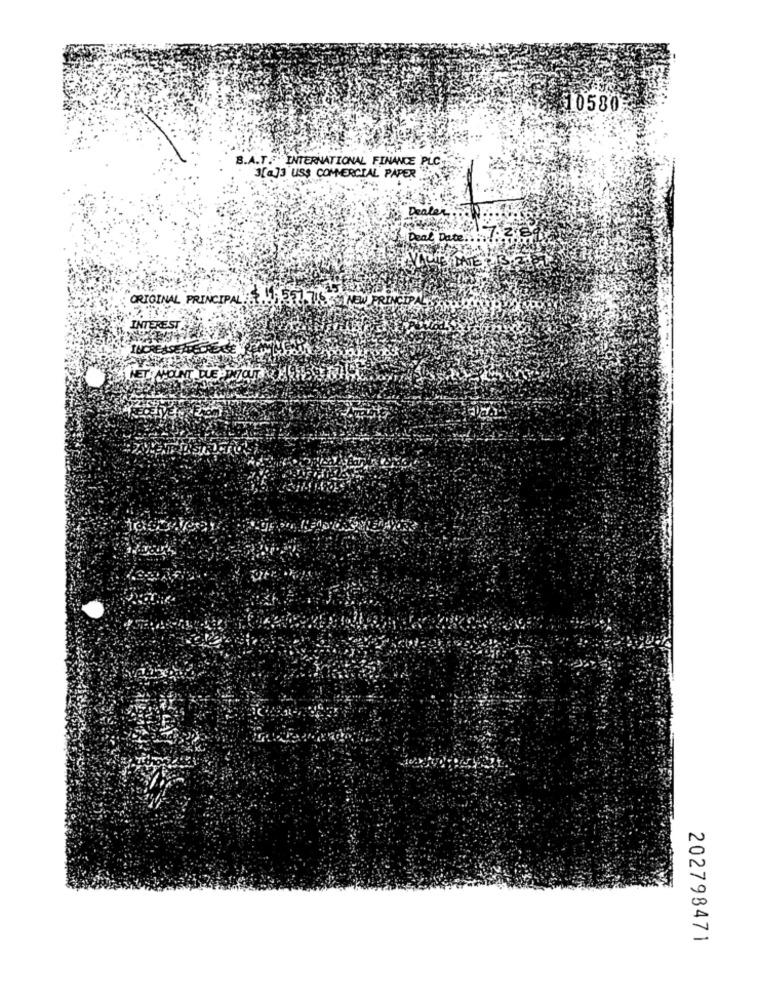
10580
B.A.T .: INTERNATIONAL FINANCE PLC
3[a]3 US$ COMMERCIAL PAPER
Dealer
7.27
Deal Date .!
ORIGINAL PRINCIPAL'
1.577.716
AS NEW
INTEREST
NET : AMOUNT DUE PP79
202798471